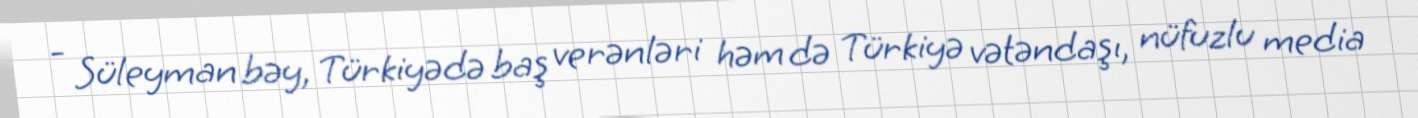
- Süleyman bəy, Türkiyədə baş verənləri həm də Türkiyə vətəndaşı, nüfuzlu media